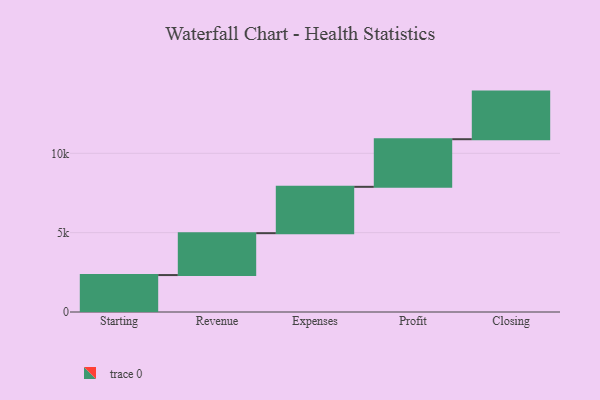
{"axis": {"x": "Step", "y": "Value"}, "legend": [""], "data": [{"x": "Starting", "y": 2328.0, "type": ""}, {"x": "Revenue", "y": 2639.0, "type": ""}, {"x": "Expenses", "y": 2921.0, "type": ""}, {"x": "Profit", "y": 3000, "type": ""}, {"x": "Closing", "y": 3000, "type": ""}]}